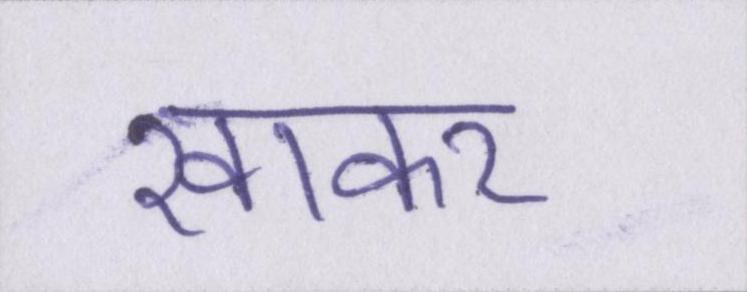
खाकर